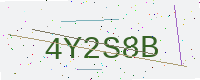
Text: 4Y2S8B